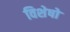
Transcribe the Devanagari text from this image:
विशेषो